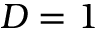
D = 1